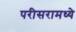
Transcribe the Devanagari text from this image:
परीसरामध्ये